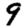
Digit: 9